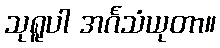
သုရူပါ အင်္ဂသံယုတာ။